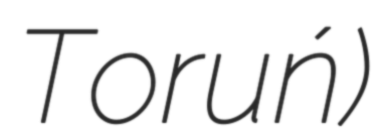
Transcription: Toruń)